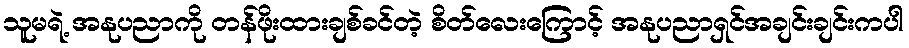
သူမရဲ့ အနုပညာကို တန်ဖိုးထားချစ်ခင်တဲ့ စိတ်လေးကြောင့် အနုပညာရှင်အချင်းချင်းကပါ